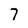
Character: 7